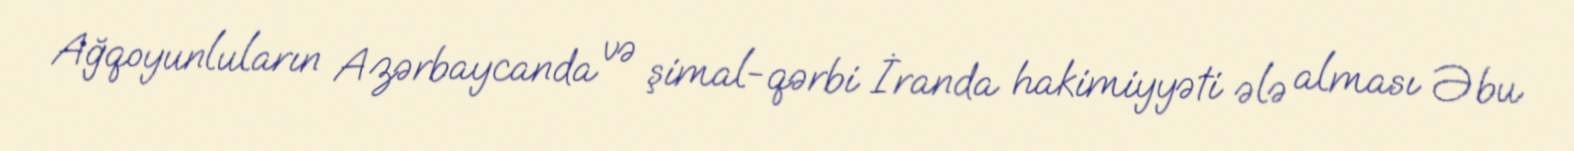
Ağqoyunluların Azərbaycanda və şimal-qərbi İranda hakimiyyəti ələ alması Əbu